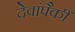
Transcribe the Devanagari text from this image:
देवांपैकीं